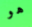
هو